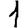
Digit: 1